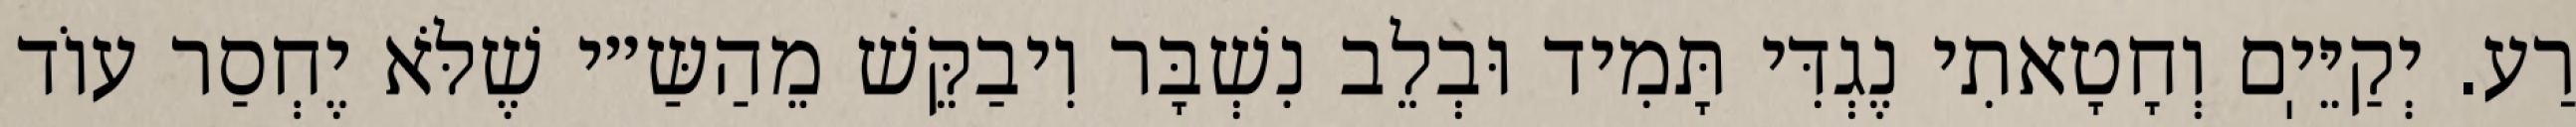
רַע. יְקַיֵּיֽם וְחָטָאתִי נֶגְדִּי תָּמִיד וּבְלֵב נִשְׁבָּר וִיבַקֵּשׁ מֵהַשַּ״י שֶׁלֹּא יֶחְסַר עוֹד